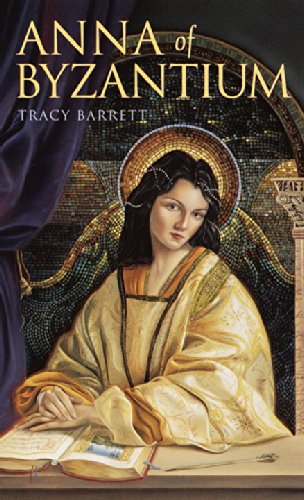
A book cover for Anna of Byzantium (Laurel-Leaf Books); Tracy Barrett; Teen & Young Adult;